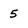
Character: 5